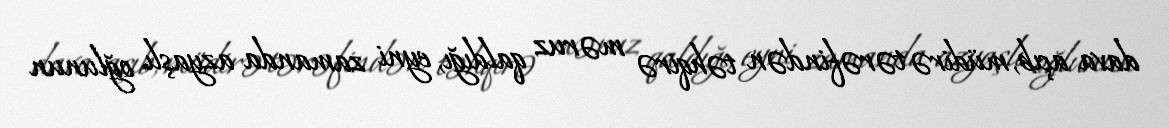
dava açıb, müdirə tərəfindən təhqirə məruz qaldığı, eyni zamanda azyaşlı oğlunun